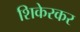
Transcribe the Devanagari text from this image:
शिकेरकर